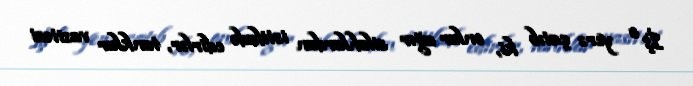
İş o yerə çatıb ki, onlar ağır silahlardan istifadə edirlər, tanklar vasitəsi